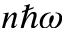
n \hbar \omega